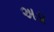
અડા